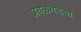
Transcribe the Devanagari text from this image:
प्रबळगडचा